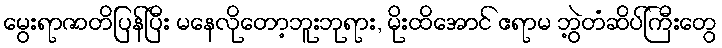
မွေးရာဇာတိပြန်ပြီး မနေလိုတော့ဘူးဘုရား, မိုးထိအောင် ဧရာမ ဘွဲ့တံဆိပ်ကြီးတွေ